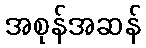
အစုန်အဆန်